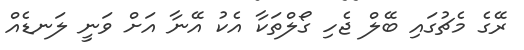
ރޭގެ މެޗުގައި ބޭލް ޖެހި ގޯލްތަކާ އެކު އޭނާ އަށް ވަނީ ލަނޑެއް